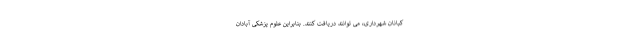
کبانان شهرداری، می توانند دریافت کنند. بنابراین علوم پزشکی آبادان